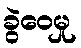
ခွဲဝေမှု